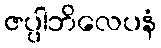
ဇပ္ပါဘိလေပနံ